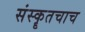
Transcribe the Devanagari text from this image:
संस्कॄतचाच